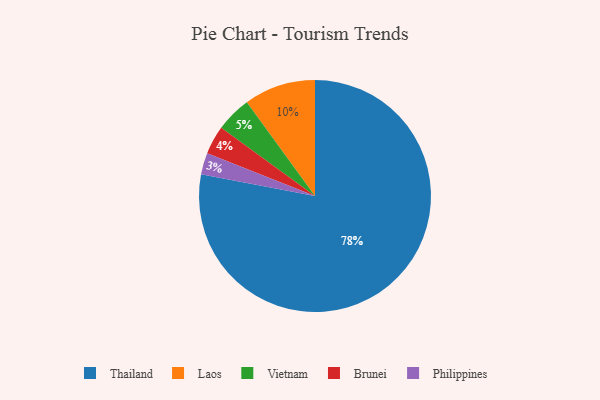
{"axis": {"x": "Category", "y": "Percentage"}, "legend": ["Brunei", "Laos", "Philippines", "Thailand", "Vietnam"], "data": [{"x": "Brunei", "y": 4, "type": "Brunei"}, {"x": "Vietnam", "y": 5, "type": "Vietnam"}, {"x": "Thailand", "y": 78, "type": "Thailand"}, {"x": "Laos", "y": 10, "type": "Laos"}, {"x": "Philippines", "y": 3, "type": "Philippines"}]}